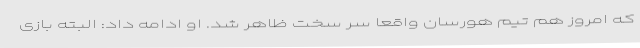
که امروز هم تیم هورسان واقعا سر سخت ظاهر شد. او ادامه داد: البته بازی